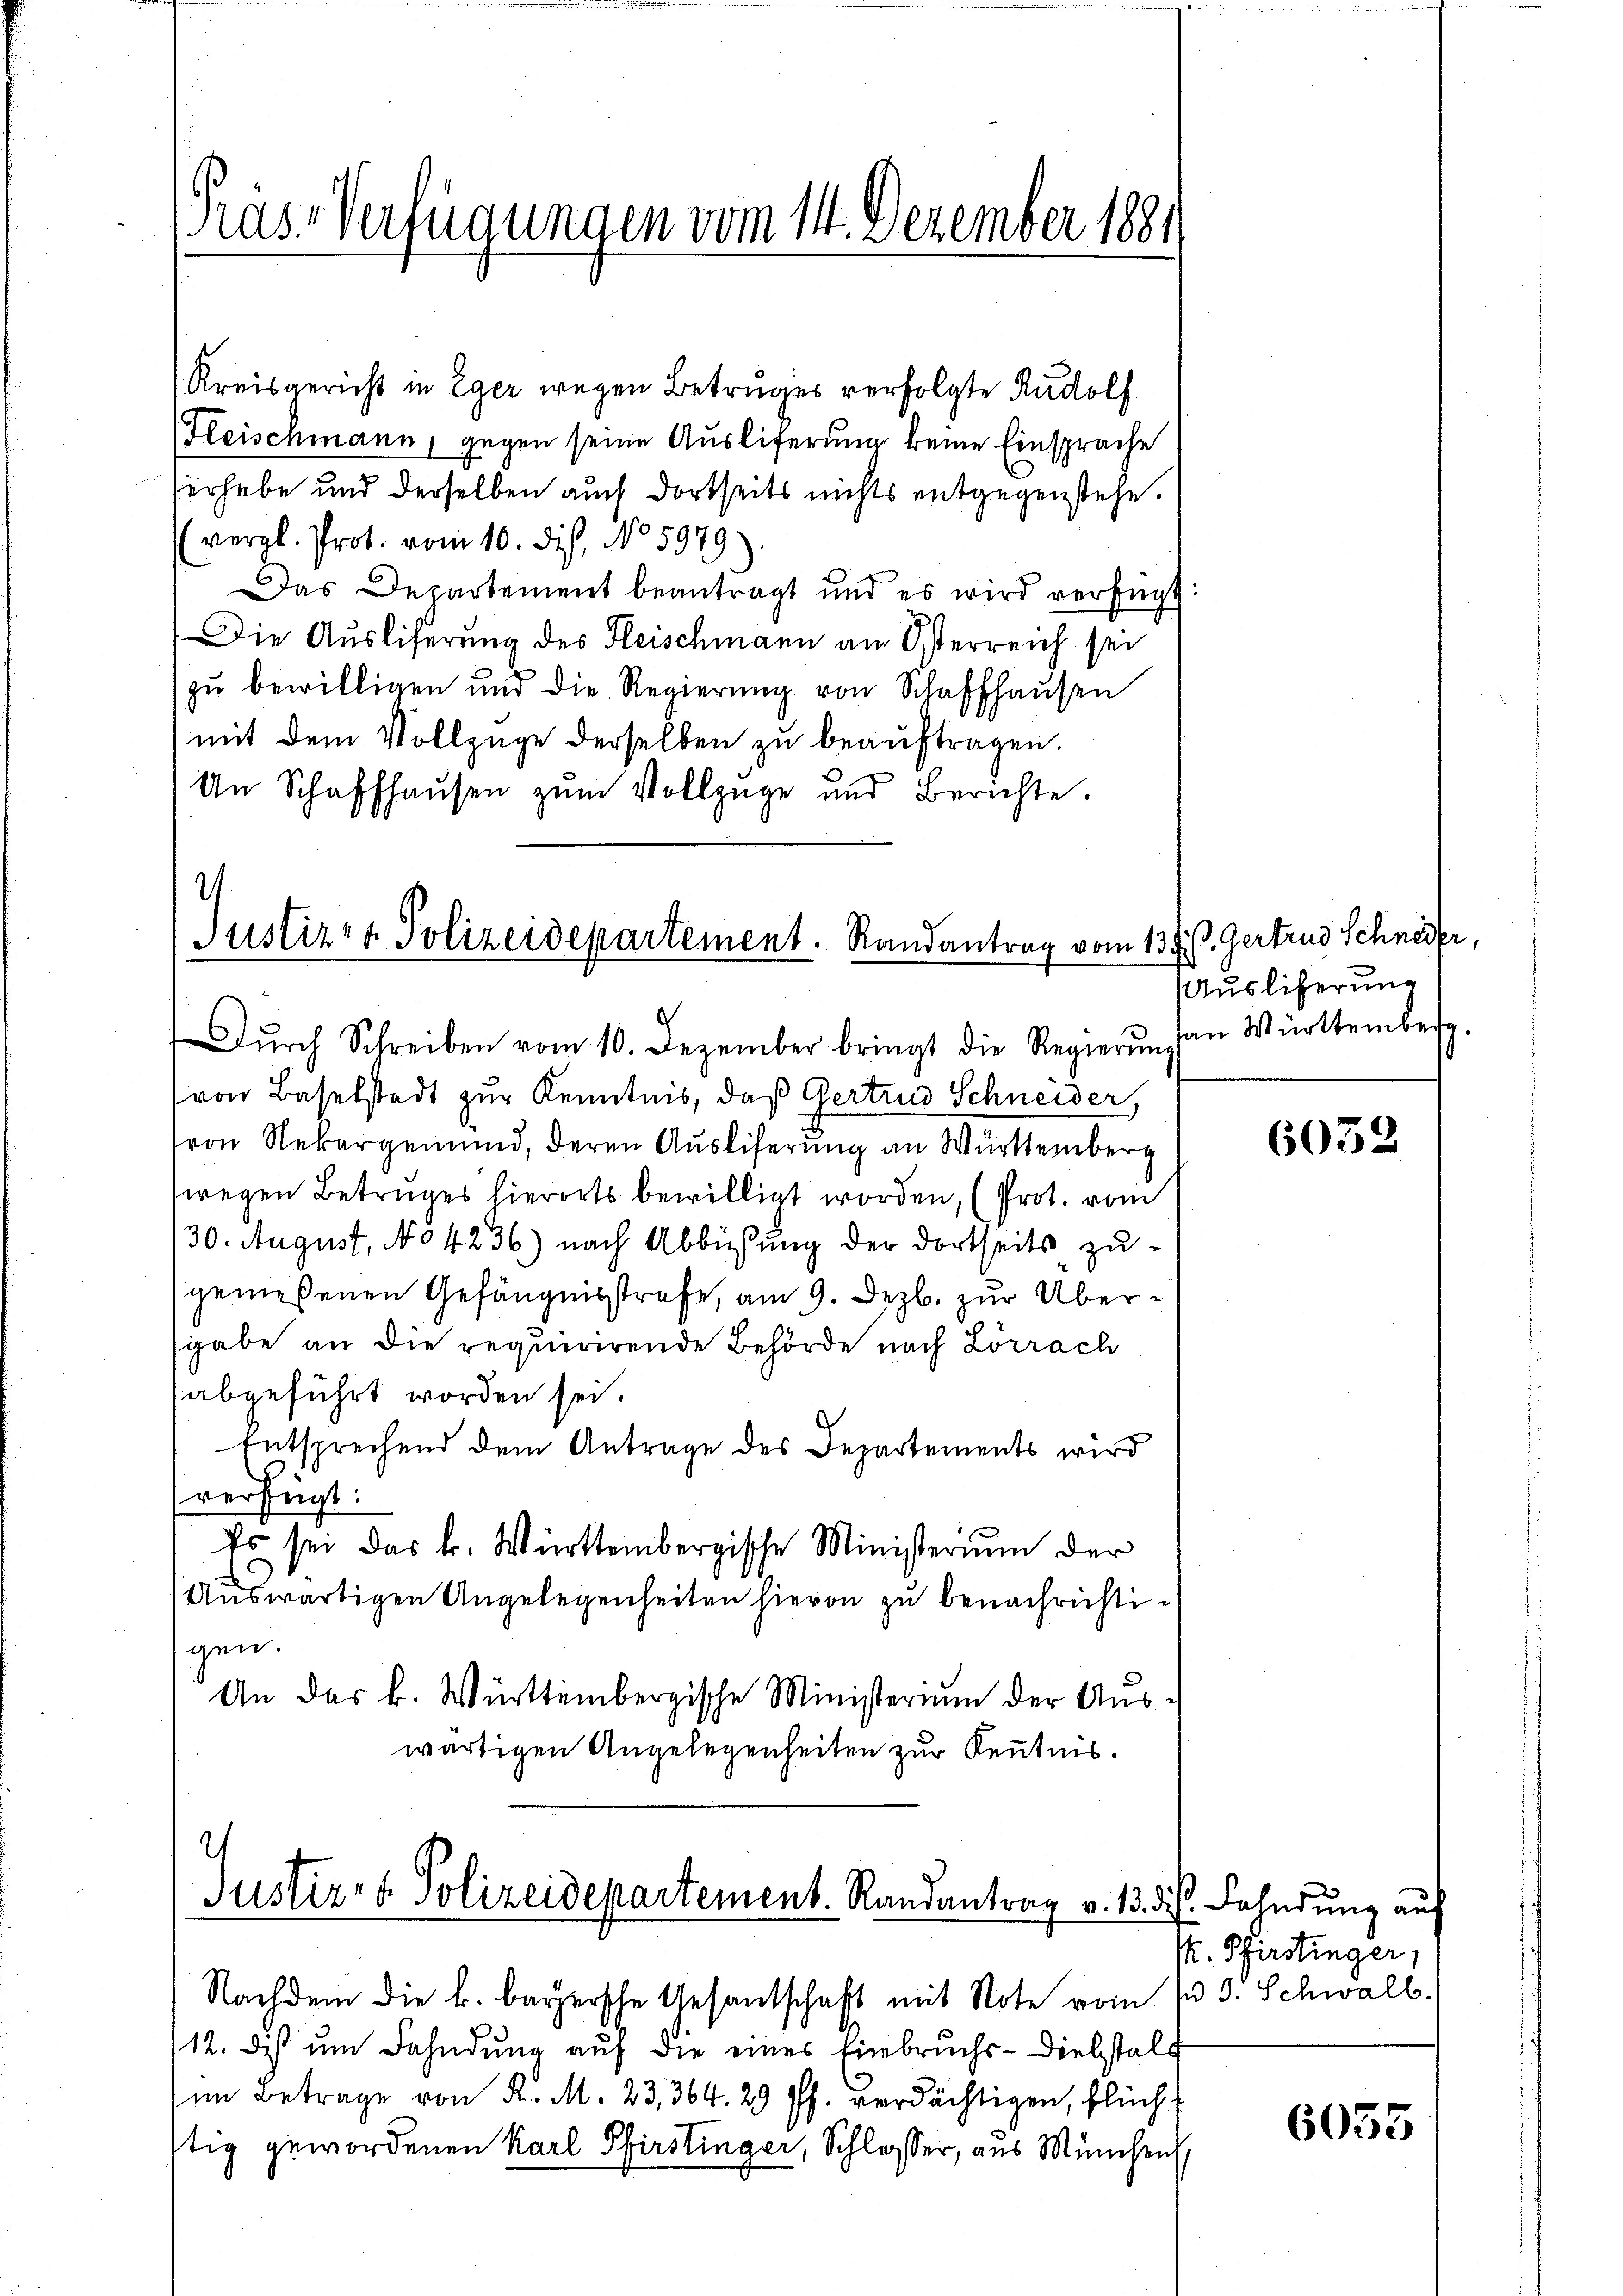
Kreisgericht in Eger wegen Betruges verfolgte Rudolf
Hleischmann, gegen seine Auslieferung keine Einsprache
fürhabe und derselben auch dortseits nichts entgegenstehe.
(vergl. Prot. vom 10. dis, No 5979
Das Departement beantragt und es wird verfügt:
Die Ausliferung des Fleischmann an Österreich sei
zu bewilligen und die Regierung von Schaffhausen
mit dem Vollzüge derselben zu beauftragen.
An Schaffhaŭsen zŭm Vollzüge und Berichte.

as-Verfügungen vom 14. Dezember 1881

Dŭrch Schreiben vom 10. Dezember bringt die Regierŭng an Württemberg
von Baselstadt zur Kenntnis, daß Gertrud Schneider,
von Nekargemund, deren Ausliferung an Württemberg
wegen Betruges hierorts bewilligt worden, (Prot. vom
130. August, No 4236) nach Abbüßung der dortseits zugemeßenen Gefängnisstrafe, am 9. Dezb. zur Übersgabe an die requirirende Behörde nach Lörrach
abgeführt worden sei.
Entsprechend dem Antrage des Departements wird
verfügt:
Es sei das k. Württembergische Ministerium der
Auswärtigen Angelegenheiten hievon zu benachrichtigen.
An das k. Württembergische Ministerium der Auswärtigen Angelegenheiten zur Kenntnis.

Nachdem die k. bayersche Gesantschaft mit Note vom 13. Schwall.
12. Dies um Fahndung auf die eines Einbruchs-Diebstalt
im Betrage von K. M. 23, 364. 29 ff. verdächtigen, flüchstig gewordenen Karl Pfirstinger, Schlosser, aus München

.
Justiz- & Polizeidepartement. Randantrag vom 1

d

Justiz- & Polizeidepartement. Randantrag v. 13. d.

3. Gertrud Schneier,
3
Auslieferung

6032

ist. Fahndung auf
s. Pfirstinger,

6053